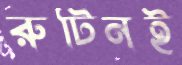
রুটিনই